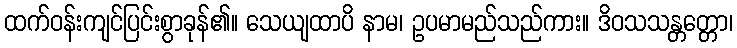
ထက်ဝန်းကျင်ပြင်းစွာခုန်၏။ သေယျထာပိ နာမ၊ ဥပမာမည်သည်ကား။ ဒိဝသသန္တတ္တော၊